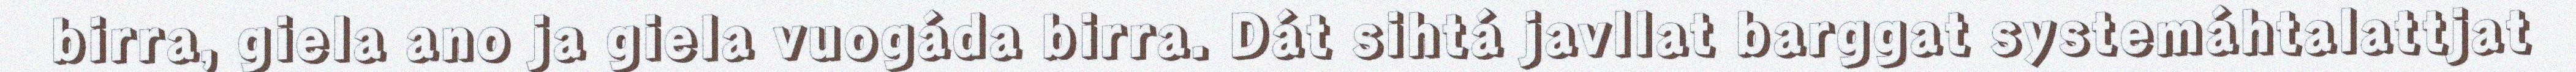
birra, giela ano ja giela vuogáda birra. Dát sihtá javllat barggat systemáhtalattjat